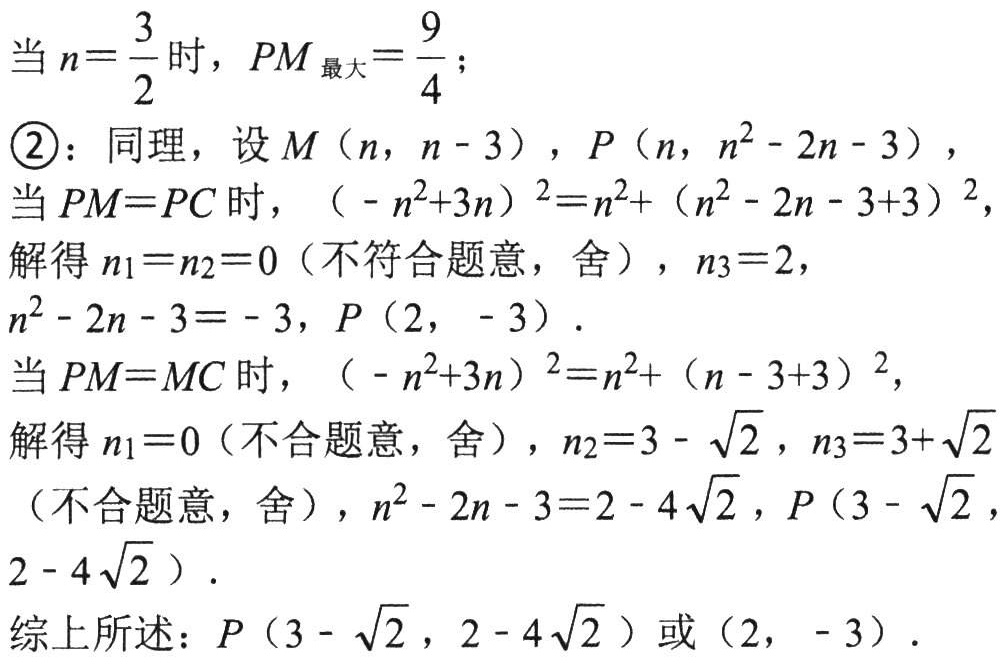
当 \(n = \frac{3}{2}\) 时，\(PM_{\text{最大}}=\frac{9}{4}\)；

\textcircled{2}：同理，设 \(M(n,n - 3)\)，\(P(n,n^{2}-2n - 3)\)，

当 \(PM = PC\) 时，\((-n^{2}+3n)^{2}=n^{2}+(n^{2}-2n - 3 + 3)^{2}\)，

解得 \(n_{1}=n_{2}=0\)（不符合题意，舍），\(n_{3}=2\)，

\(n^{2}-2n - 3=-3\)，\(P(2,-3)\)．

当 \(PM = MC\) 时，\((-n^{2}+3n)^{2}=n^{2}+(n - 3 + 3)^{2}\)，

解得 \(n_{1}=0\)（不合题意，舍），\(n_{2}=3-\sqrt{2}\)，\(n_{3}=3+\sqrt{2}\)（不合题意，舍），\(n^{2}-2n - 3=2 - 4\sqrt{2}\)，\(P(3-\sqrt{2},2 - 4\sqrt{2})\)．

综上所述：\(P(3-\sqrt{2},2 - 4\sqrt{2})\) 或 \((2,-3)\)．